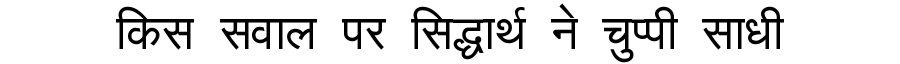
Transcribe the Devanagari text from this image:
किस सवाल पर सिद्धार्थ ने चुप्पी साधी